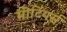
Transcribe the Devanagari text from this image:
मीटिंयर्स